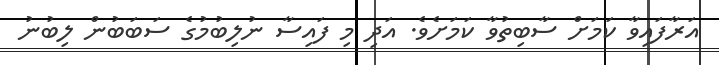
އަރާފައިވާ ކަމަށް ސާބިތުވާ ކަމަށެވެ. އަދި މި ފައިސާ ނުލިބުމުގެ ސަބަބުން ލިބުނު